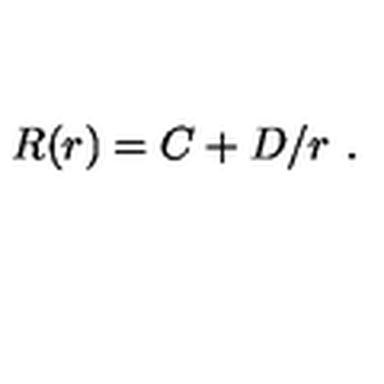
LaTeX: R ( r ) = C + D / r \ .